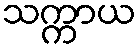
သက္ကာယ